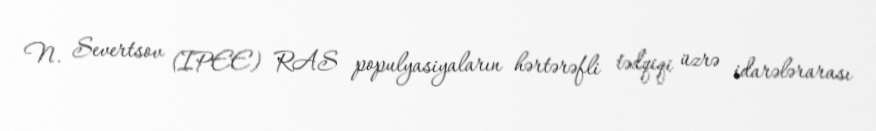
N. Severtsov (IPEE) RAS populyasiyaların hərtərəfli tədqiqi üzrə idarələrarası